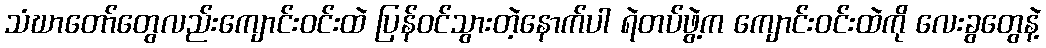
သံဃာတော်တွေလည်းကျောင်းဝင်းထဲ ပြန်ဝင်သွားတဲ့နောက်ပါ ရဲတပ်ဖွဲ့က ကျောင်းဝင်းထဲကို လေးခွတွေနဲ့